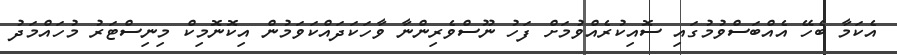
އެކަމާ ބެހޭ އެއްބަސްވުމުގައި ސޮއިކުރެއްވުމަށް ފަހު ނޫސްވެރިންނާ ވާހަކަދައްކަވަމުން އިކޮނޮމިކް މިނިސްޓަރު މުހައްމަދު